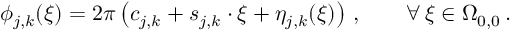
\phi _ { j , k } ( \boldsymbol { \xi } ) = 2 \pi \left( c _ { j , k } + \boldsymbol { s } _ { j , k } \cdot \boldsymbol { \xi } + \eta _ { j , k } ( \boldsymbol { \xi } ) \right) \, , \qquad \forall \, \boldsymbol { \xi } \in \Omega _ { 0 , 0 } \, .